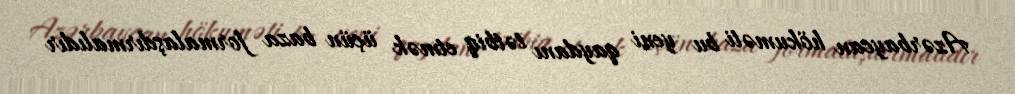
Azərbaycan hökuməti bu yeni qaydanı tətbiq etmək üçün baza formalaşdırmalıdır